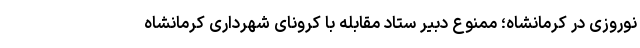
نوروزی در کرمانشاه؛ ممنوع دبیر ستاد مقابله با کرونای شهرداری کرمانشاه